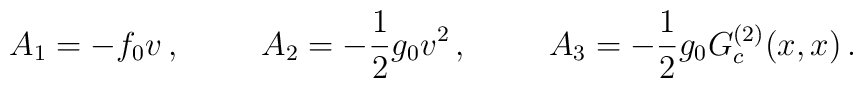
A_1 = - f_0 v \,, \hspace{1cm}A_2 = - \frac{1}{2} g_0 v^2 \,, \hspace{1cm}A_3 = - \frac{1}{2} g_0 G_c^{(2)} (x,x) \,.